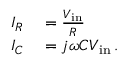
\begin{array} { r l } { I _ { R } } & { { } = { \frac { V _ { \mathrm { i n } } } { R } } } \\ { I _ { C } } & { { } = j \omega C V _ { \mathrm { i n } } \, . } \end{array}